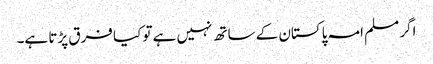
اگر مسلم امہ پاکستان کے ساتھ نہیں ہے تو کیا فرق پڑتا ہے۔